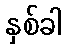
နှစ်ခါ